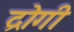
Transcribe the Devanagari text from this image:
द्रोगी